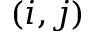
( i , j )